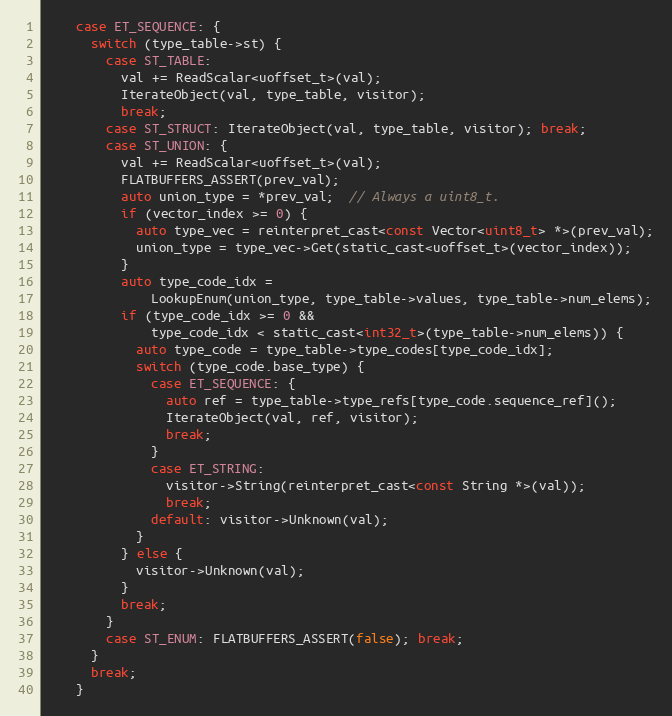
Language: C
    case ET_SEQUENCE: {
      switch (type_table->st) {
        case ST_TABLE:
          val += ReadScalar<uoffset_t>(val);
          IterateObject(val, type_table, visitor);
          break;
        case ST_STRUCT: IterateObject(val, type_table, visitor); break;
        case ST_UNION: {
          val += ReadScalar<uoffset_t>(val);
          FLATBUFFERS_ASSERT(prev_val);
          auto union_type = *prev_val;  // Always a uint8_t.
          if (vector_index >= 0) {
            auto type_vec = reinterpret_cast<const Vector<uint8_t> *>(prev_val);
            union_type = type_vec->Get(static_cast<uoffset_t>(vector_index));
          }
          auto type_code_idx =
              LookupEnum(union_type, type_table->values, type_table->num_elems);
          if (type_code_idx >= 0 &&
              type_code_idx < static_cast<int32_t>(type_table->num_elems)) {
            auto type_code = type_table->type_codes[type_code_idx];
            switch (type_code.base_type) {
              case ET_SEQUENCE: {
                auto ref = type_table->type_refs[type_code.sequence_ref]();
                IterateObject(val, ref, visitor);
                break;
              }
              case ET_STRING:
                visitor->String(reinterpret_cast<const String *>(val));
                break;
              default: visitor->Unknown(val);
            }
          } else {
            visitor->Unknown(val);
          }
          break;
        }
        case ST_ENUM: FLATBUFFERS_ASSERT(false); break;
      }
      break;
    }